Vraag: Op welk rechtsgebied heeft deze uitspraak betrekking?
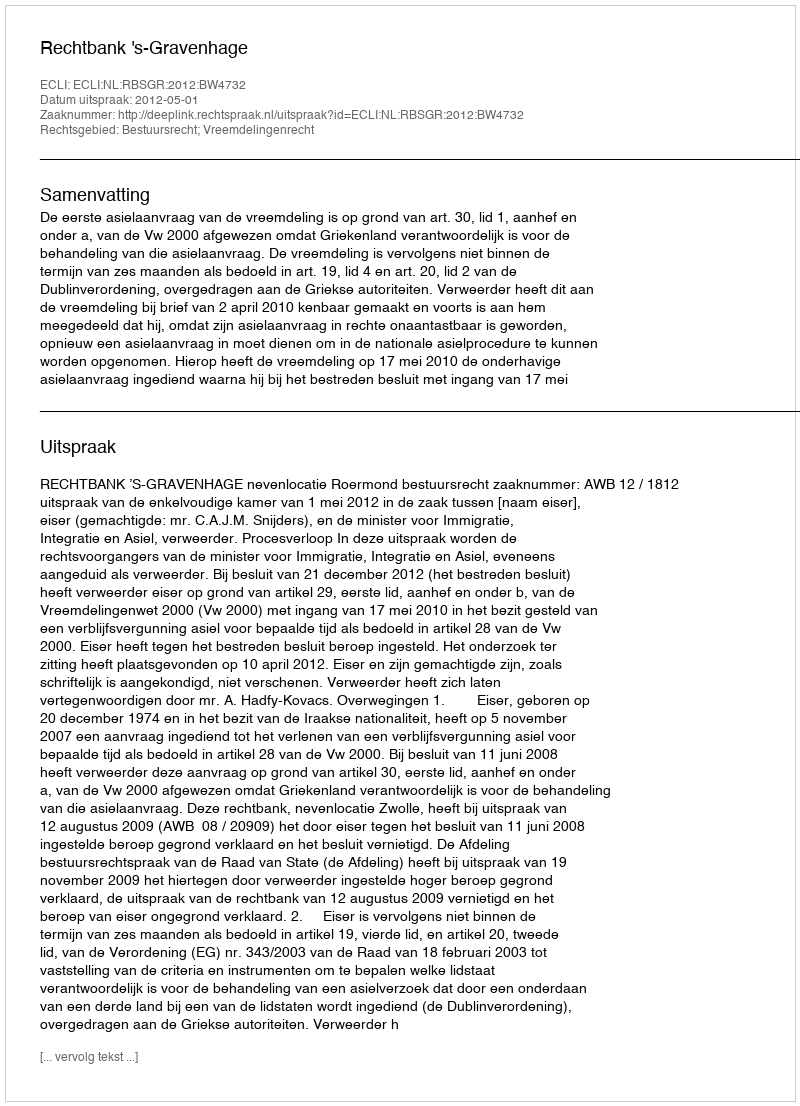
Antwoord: Bestuursrecht; Vreemdelingenrecht